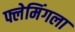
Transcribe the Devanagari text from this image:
फ्लेमिंगला